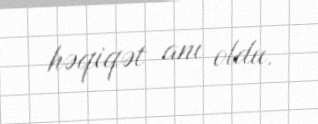
həqiqət anı oldu.